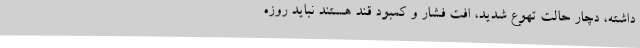
داشته، دچار حالت تهوع شدید، افت فشار و کمبود قند هستند نباید روزه